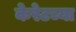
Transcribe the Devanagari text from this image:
केरेटच्या